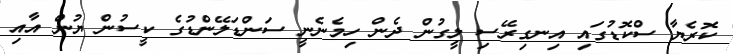
ކޮރެޔާ ސްކޮޑުގައި އިނގިރޭސި ލީގުން ދެން ހިމެނެނީ ސަންޑަލޭންޑުގެ ކީސުން ޔުން އާއި